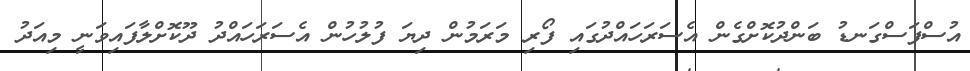
އުސްފަސްގަނޑު ބަންދުކޮށްގެން އެސަރަހައްދުގައި ފޯރި މަރަމުން ދިޔަ ފުލުހުން އެސަރަހައްދު ދޫކޮށްލާފައިވަނީ މިއަދު